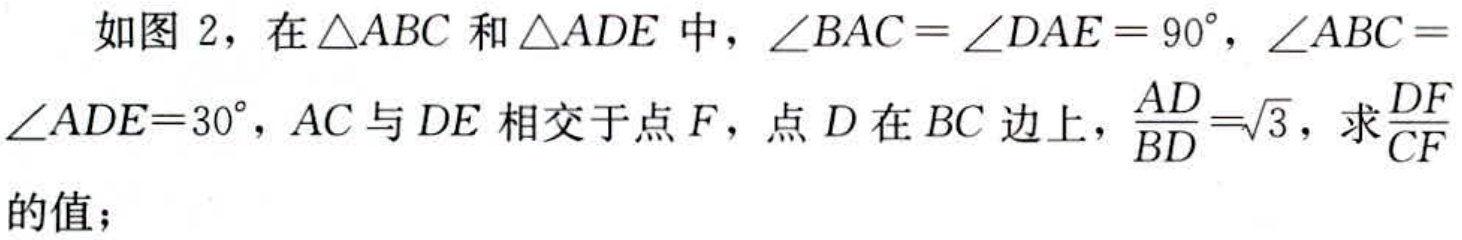
如图 2，在\(\triangle ABC\)和\(\triangle ADE\)中，\(\angle BAC = \angle DAE = 90^{\circ}\)，\(\angle ABC = \angle ADE = 30^{\circ}\)，\(AC\)与\(DE\)相交于点\(F\)，点\(D\)在\(BC\)边上，\(\frac{AD}{BD}=\sqrt{3}\)，求\(\frac{DF}{CF}\)的值；